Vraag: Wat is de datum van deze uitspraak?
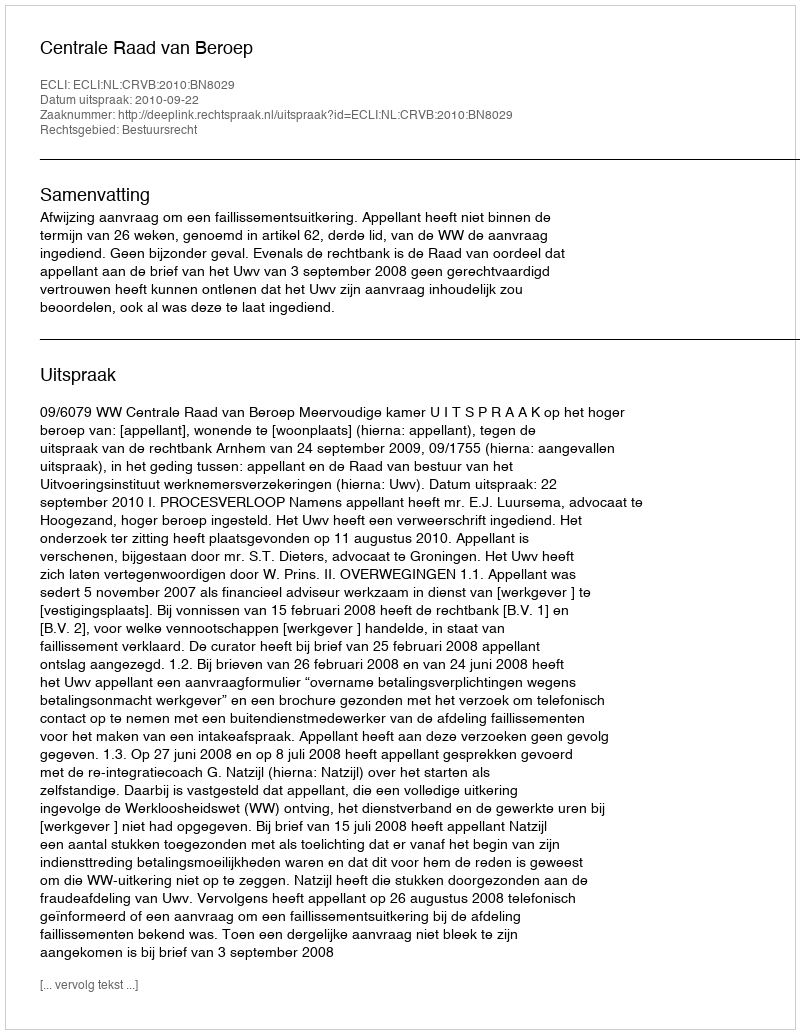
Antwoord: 2010-09-22